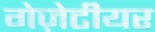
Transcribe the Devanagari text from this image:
गेज़ेटीयर